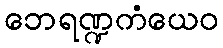
ဘေရဏ္ဍကံယေဝ